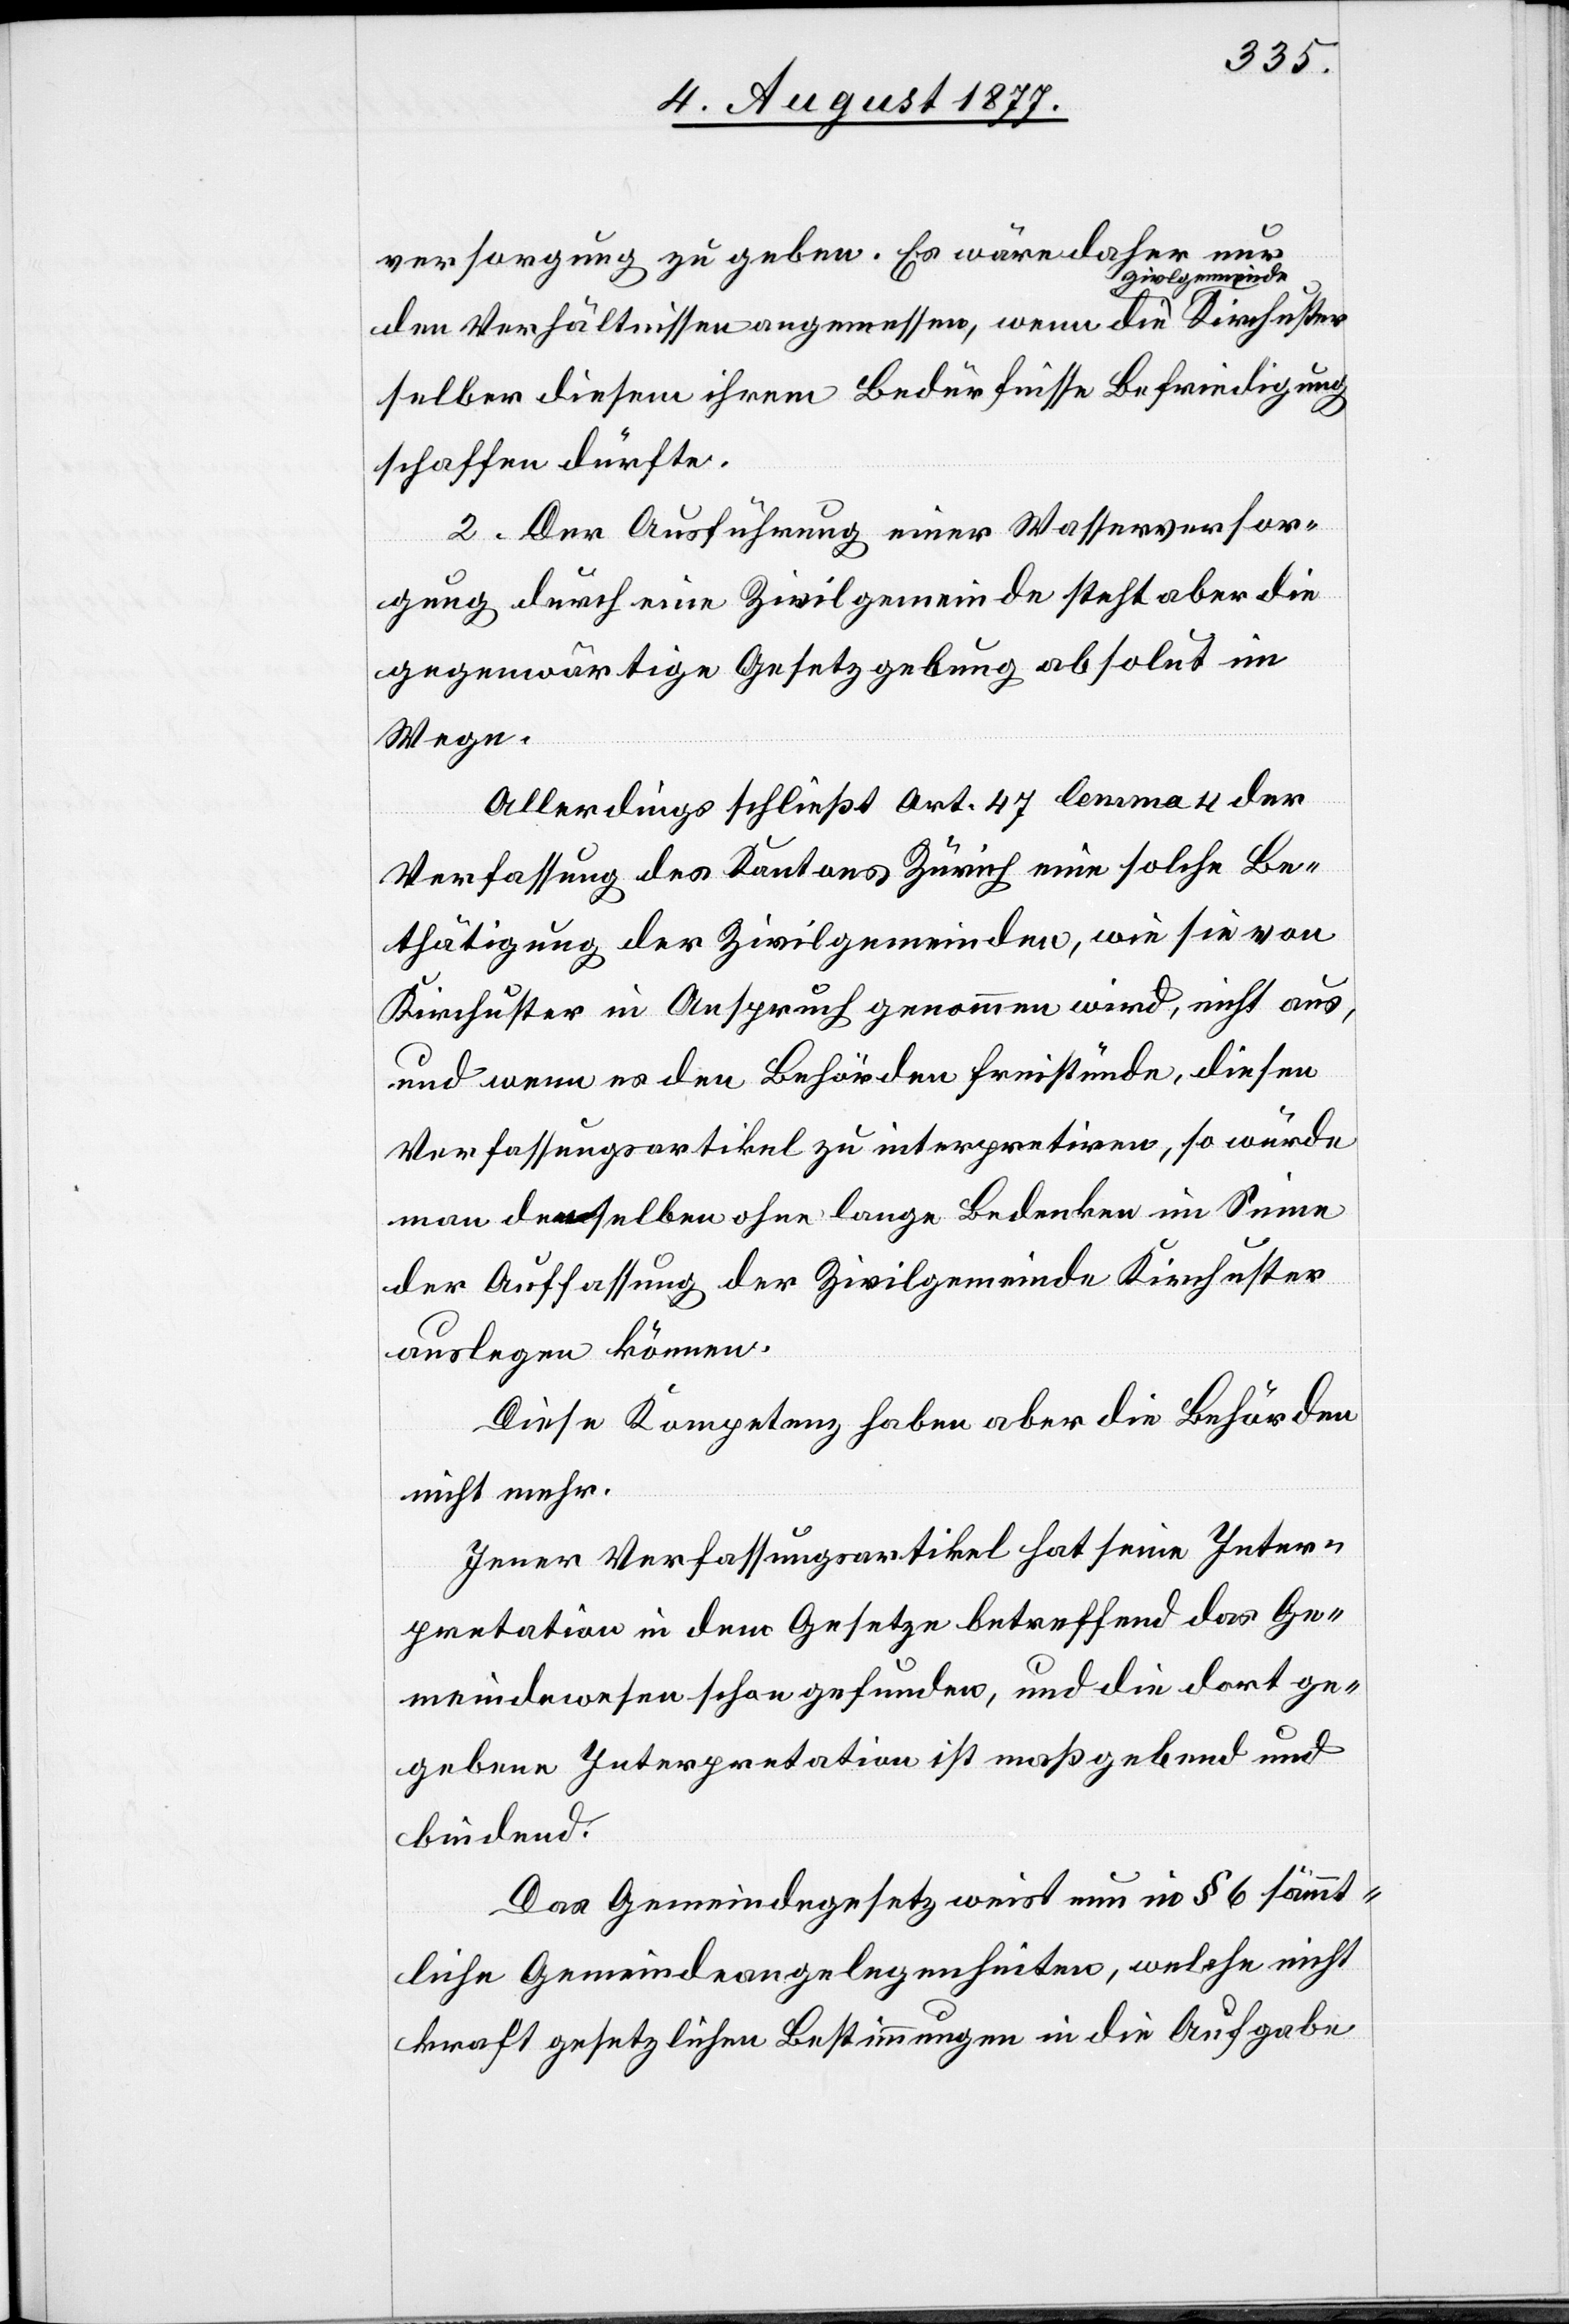
versorgung zu geben. Es wäre daher nur
den Verhältnissen angemessen, wenn die Ziv[i]lgemeinde
selber diesem ihrem Bedürfnisse Befriedigung
schaffen dürfte.
2. Der Ausführung einer Wasserversor¬
gung durch eine Zivilgemeinde steht aber die
gegenwärtige Gesetzgebung absolut im
Wege.
Allerdings schließt Art. 47 lemma 4 der
Verfassung des Kantons Zürich eine solche Be¬
thätigung der Zivilgemeinden, wie sie von
Kirchuster in Anspruch genommen wird, nicht aus,
und wenn es den Behörden freistünde, diesen
Verfassungsartikel zu interpretiren, so würde
man denselben ohne lange Bedenken im Sinne
der Auffassung der Zivilgemeinde Kirchuster
auslegen können.
Diese Kompetenz haben aber die Behörden
nicht mehr.
Jener Verfassungsartikel hat seine Inter¬
pretation in dem Gesetze betreffend das Ge¬
meindewesen schon gefunden, und die dort ge¬
gebene Interpretation ist maßgebend und
bindend.
Das Gemeindegesetz weist nun in § 6 sämmt¬
liche Gemeindeangelegenheiten, welche nicht
kraft gesetzlichen Bestimmungen in die Aufgabe